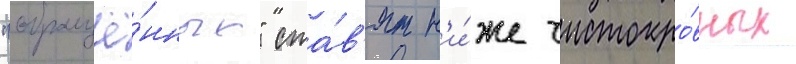
"обращё́нных" ста́в'ят н'и́же чистокро́вных